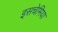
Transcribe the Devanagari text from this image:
इसचेमिया